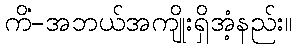
ကိံ-အဘယ်အကျိုးရှိအံ့နည်း။